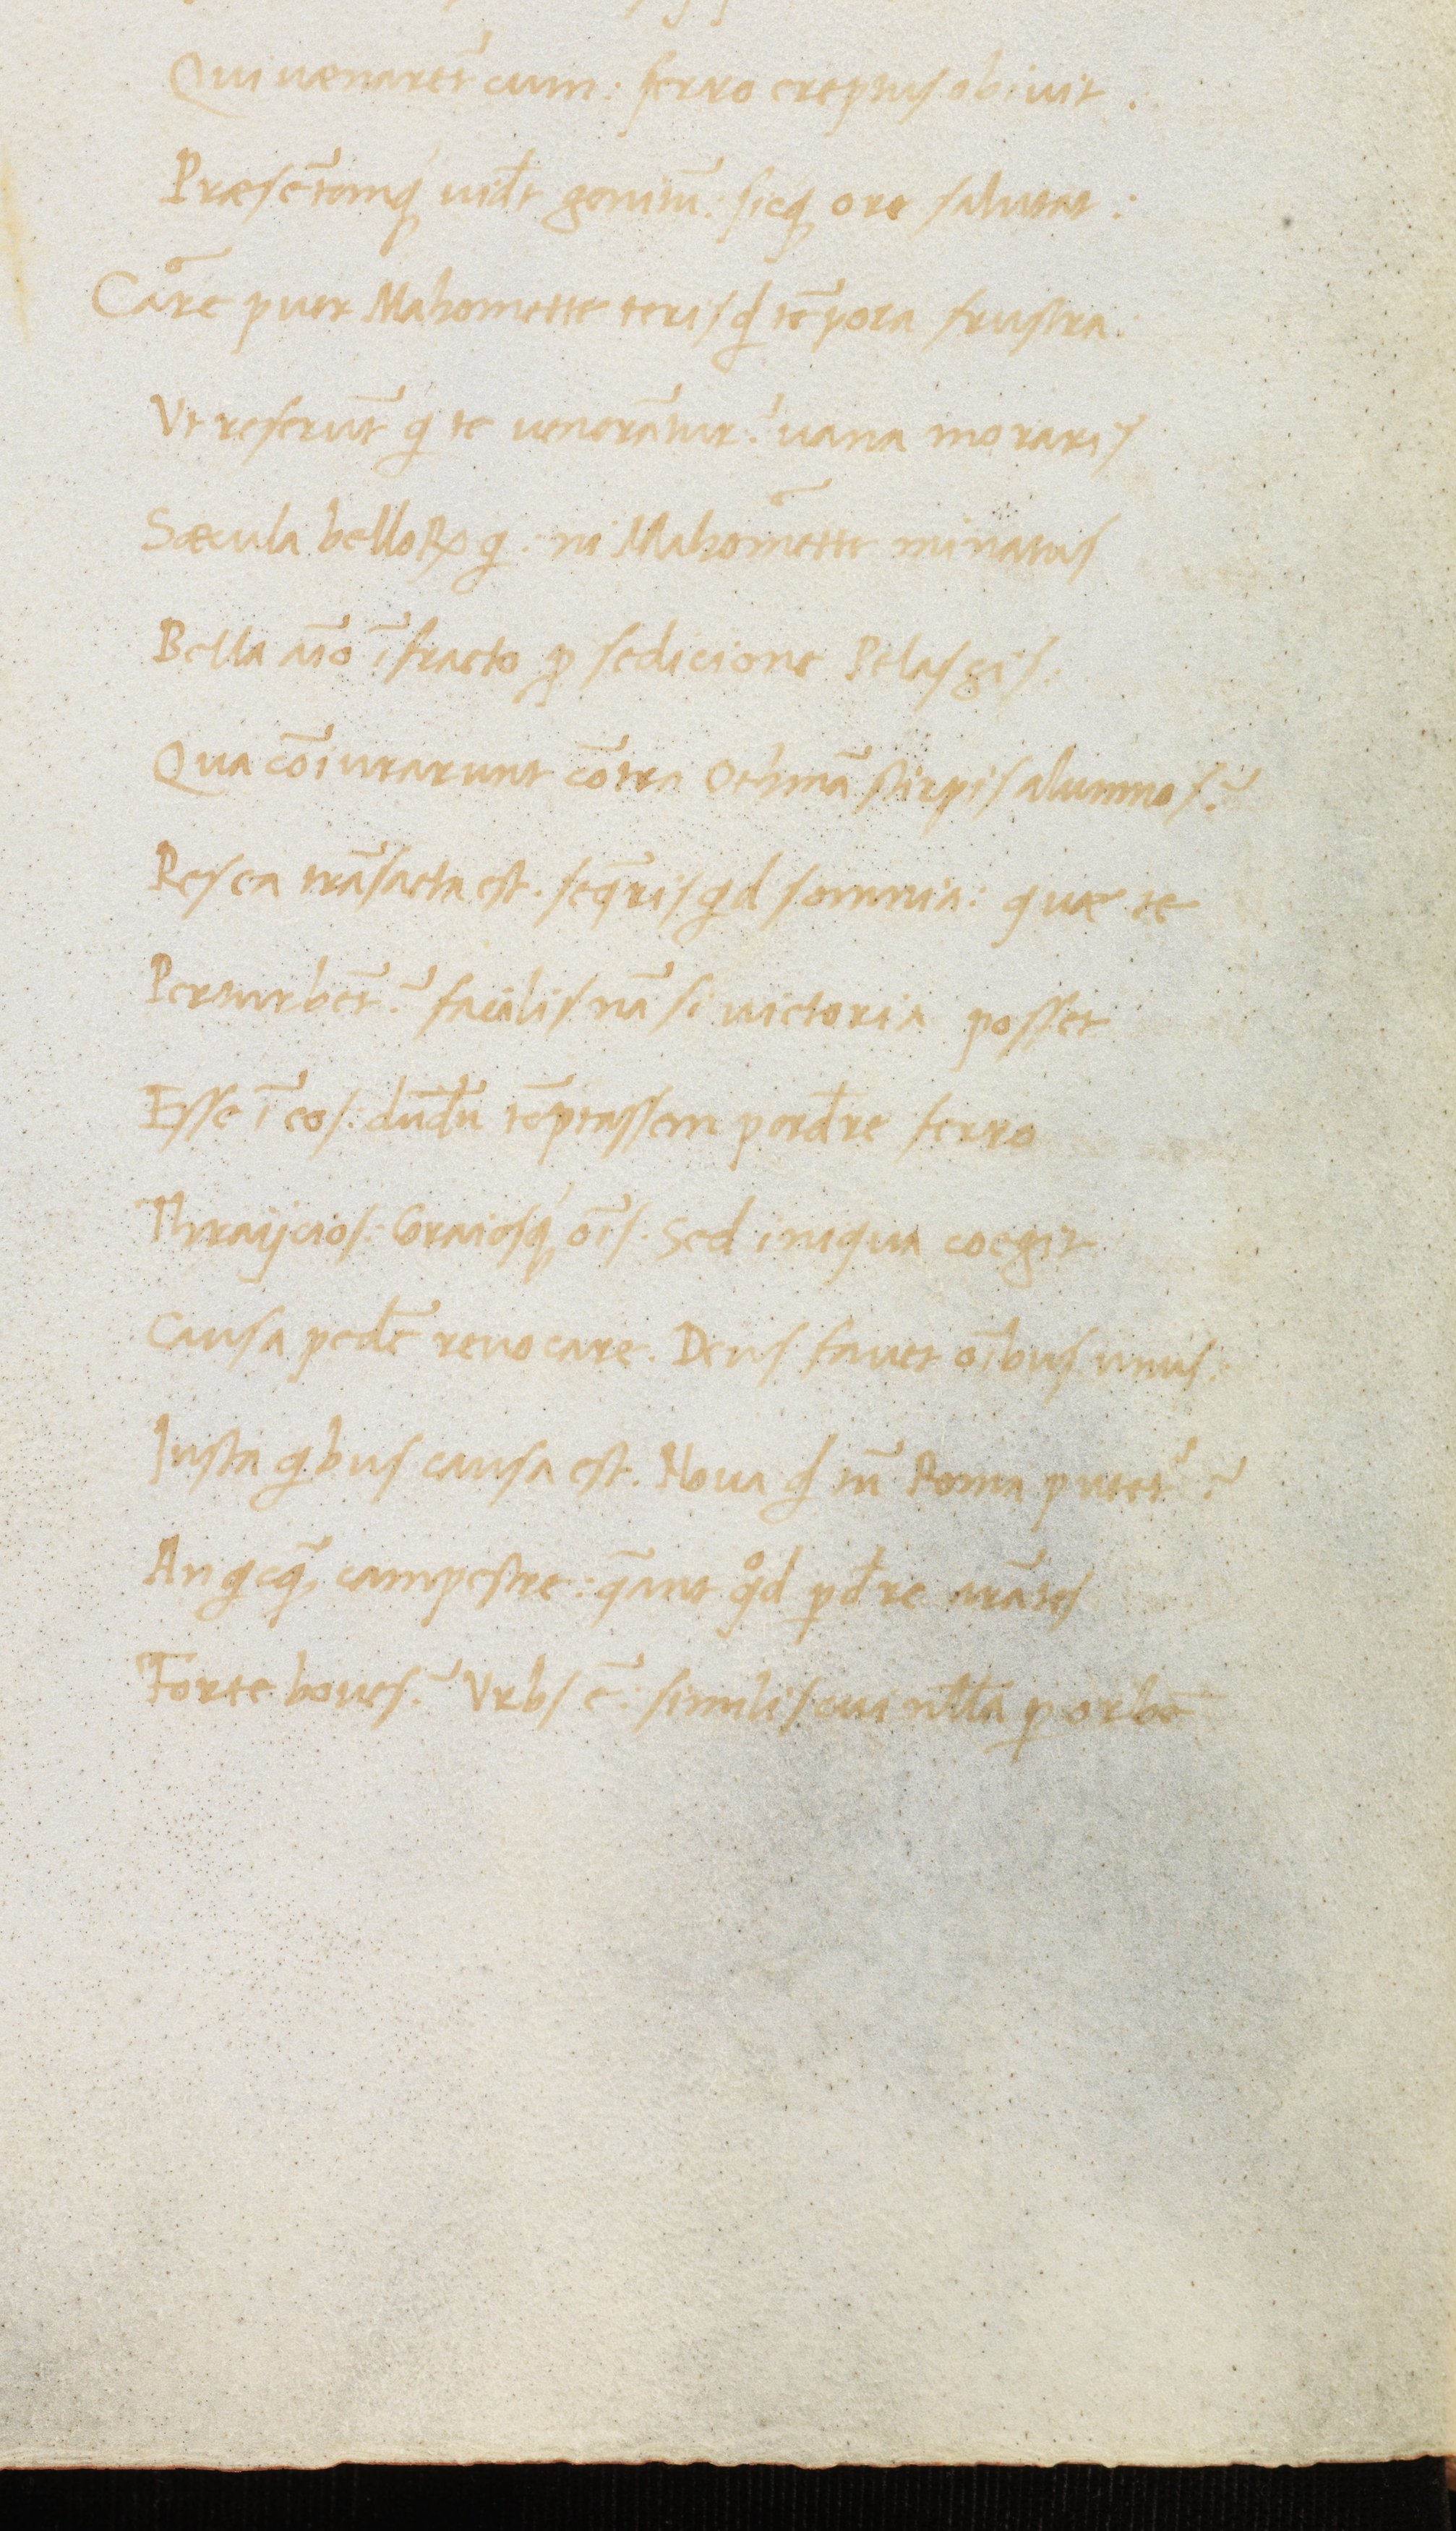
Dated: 1470–1499